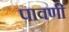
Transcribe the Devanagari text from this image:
पावणी